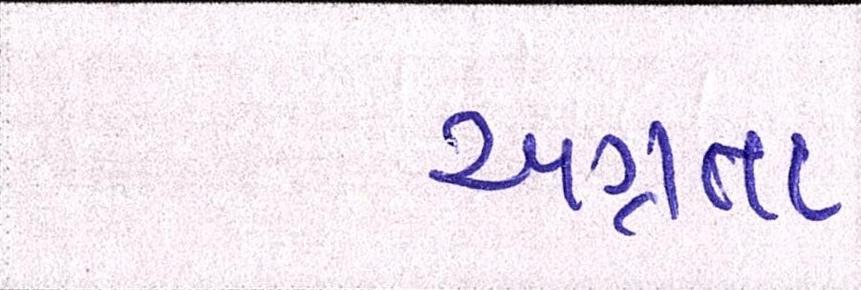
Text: અગ્રતા